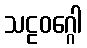
သဠဝဂ္ဂေါ